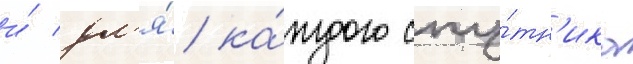
и́ дл'я́ ка́ждого спу́тн'ика